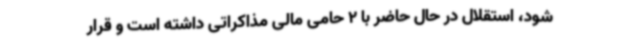
شود، استقلال در حال حاضر با 2 حامی مالی مذاکراتی داشته است و قرار